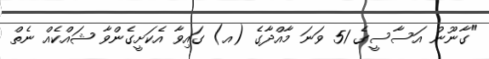
"ގާނޫނު އަސާސީގެ 51 ވަނަ މާއްދާގެ (އ) ގައިވާ އެކަށީގެންވާ ޝައްކެއް ނެތް